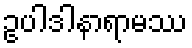
ဥပါဒါနာရာမဿ